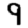
Digit: 9